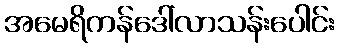
အမေရိကန်ဒေါ်လာသန်းပေါင်း